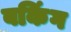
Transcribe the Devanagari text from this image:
बकिंग